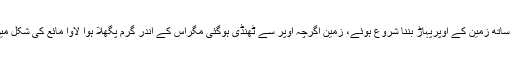
اس کے ساتھ ساتھ زمین کے اوپرپہاڑ بننا شروع ہوئے، زمین اگرچہ اوپر سے ٹھنڈی ہوگئی مگراس کے اندر گرم پگھلا ہوا لاوا مائع کی شکل میں موجود رہا۔